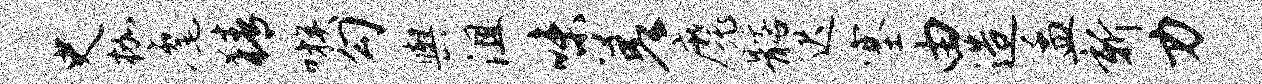
史枷麾猜嗾勾舆沮味差魔髂迟塞由造孟新力